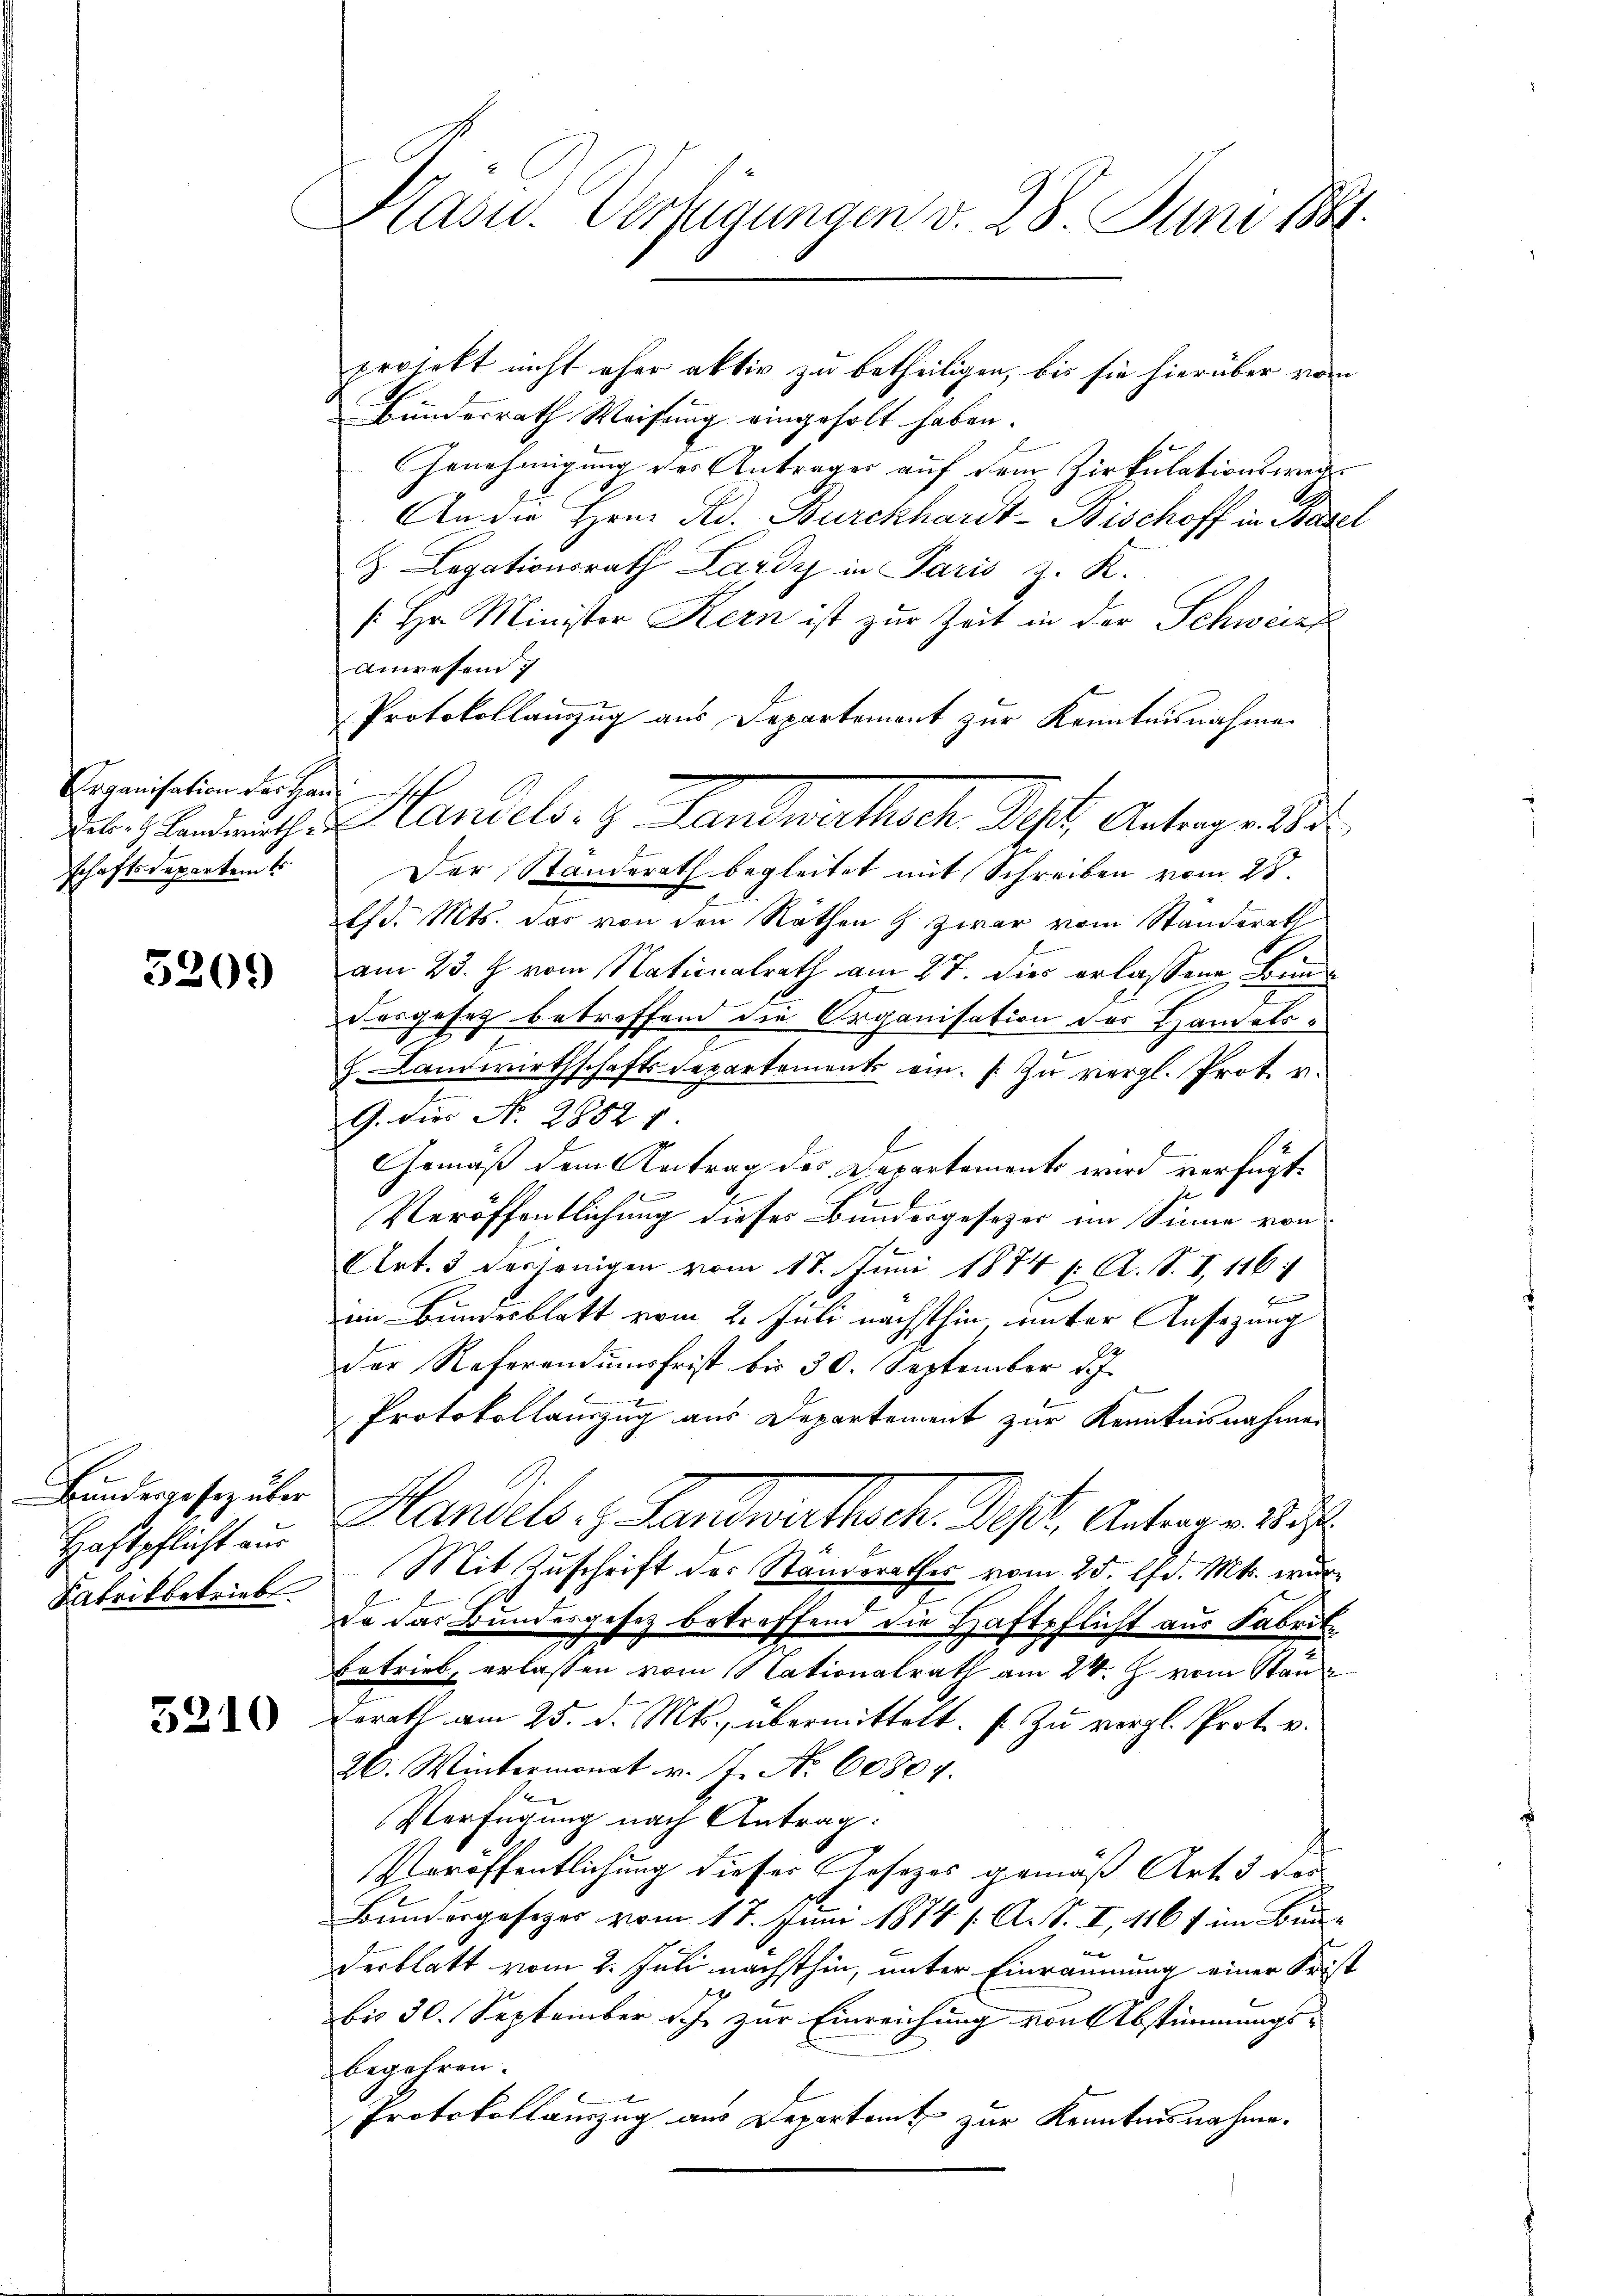
Organisation der Han
schaftsdepartet

5209

Bundesgesetz über
Haftpflicht aus
Satrilbetrieb

5210

Kasu. Verfügungen v. 28. Juni 1884.

projekt nicht eher aktiv zu betheiligen, bis sie hierüber vom
Bundesrath Weisung eingeholt haben.
Genehmigung des Antrages auf dem Zirkulationsweis
An die Herr Red. Burckhardt-Bischoff in Basel
 Legationsrath Lardy in Paris z. K.
/. Hr. Minister Kern ist zur Zeit in der Schweiz
Anwesen
Protokollanzug aus Departement zur Kenntnisnahme
., Bendants Handels. z. Landwirthsch Kt. Antrage de
Der Standerath begleitet mit Schreiben vom 28.
lfd. Mts. das von den Räthen & zwar vom Ständerath
am 23. J. vom Nationalrath am 27. dies erlassene Bund
Dasgesetz betreffend die Organisation des Handels¬
J. Landwirthschafts-Departement ein. Zu vergl. Prot u.
G. die N. 2852 v.
Gemäß dem Antrag der Departemente wird verfügt:
E
Veröffentlichung dieses Bundergesetzer im Sinne von
Art. 3 desjenigen vom 17. Juni 1874 f. A. S. I, 116:
n
in Bundesblatt vom 2. Juli nächsthin unter Ansezung
der Referendumsfrist bis 30. September d. J.
.
Protokollauszug aus Departement zur Kenntnisnahme
Handels. z. Landwirthsch. Dest. Antrage 18
Mit Zuschrift des Standerathes vom 25. d. Mts. wur¬
Da das Bundesgesetz betreffend die Haftpflicht aus Fabrike
Betrieb, erlassen vom Nationalrath am 24. J. vom Stande
Berath am 25. d. Mts. übermittelt. (Zu vergl. Prot. v.
26. Wintermonat v. J. No. 60804.
Verfügung nach Antrag:
Veröffentlichung dieser Gesezes gemäß Art. 3 des
Bundergesezes vom 17. Juni 1874 /. A. S. I, 116 f im Bun¬
Derblatt vom 2. Juli nächsthin, unter Einräumung einer Frist
bis 30. September ich zur Einreichung von Abstimmungsbegehren.
Protokollauszug aus Departamt zur Kenntnisnahme.